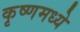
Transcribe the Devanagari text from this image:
कृष्णमध्ये